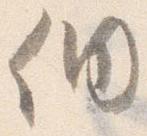
徊